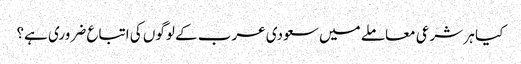
کیا ہر شرعی معاملے میں سعودی عرب کے لوگوں کی اتباع ضروری ہے؟